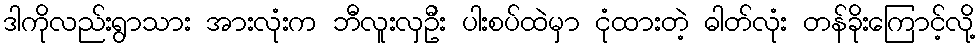
ဒါကိုလည်းရွာသား အားလုံးက ဘီလူးလှဦး ပါးစပ်ထဲမှာ ငုံထားတဲ့ ဓါတ်လုံး တန်ခိုးကြောင့်လို့